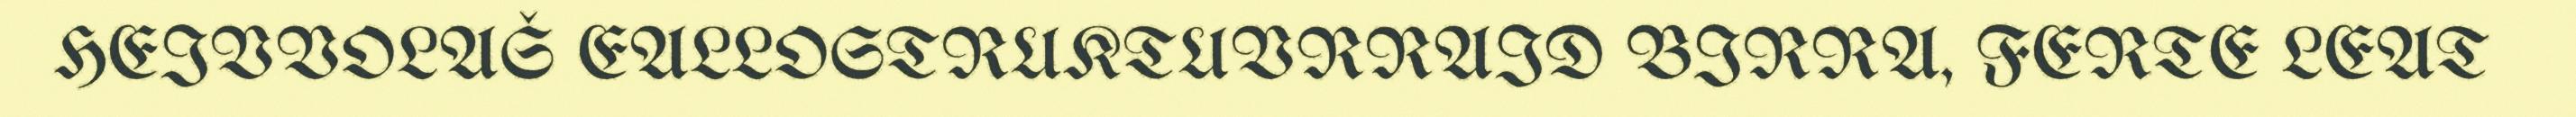
HEIVVOLAŠ EALLOSTRUKTUVRRAID BIRRA, FERTE LEAT